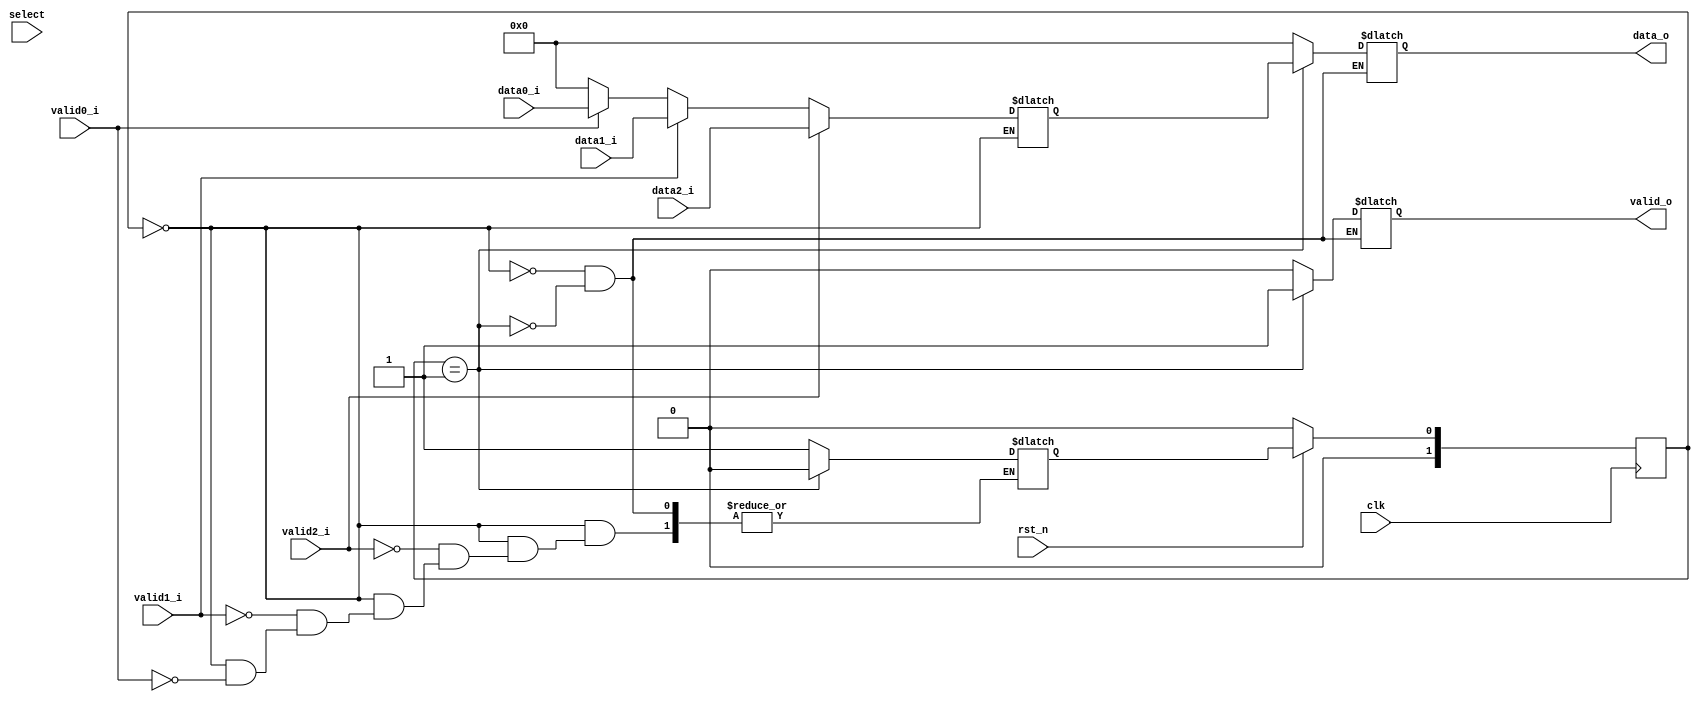
`timescale 1ns / 1ps
//////////////////////////////////////////////////////////////////////////////////
// Company: 
// Engineer: 
// 
// Design Name: 
// Module Name:    mux 
// Project Name: 
// Target Devices: 
// Tool versions: 
// Description: 
//
// Dependencies: 
//
// Revision: 
// Revision 0.01 - File Created
// Additional Comments: 
//
//////////////////////////////////////////////////////////////////////////////////
module mux #(
		parameter D_WIDTH = 8
	)(
		// Clock and reset interface
		input clk,
		input rst_n,
		
		//Select interface
		input[1:0] select,
		
		// Output interface
		output reg[D_WIDTH - 1 : 0] data_o,
		output reg						 valid_o,
				
		//output interfaces
		input [D_WIDTH - 1 : 0] 	data0_i,
		input   							valid0_i,
		
		input [D_WIDTH - 1 : 0] 	data1_i,
		input   							valid1_i,
		
		input [D_WIDTH - 1 : 0] 	data2_i,
		input     						valid2_i
    );
	
	//TODO: Implement MUX logic here
		
		reg [1:0] state = 0;
		reg [1:0] next_state = 0;
		reg [7:0] data;
		
		always @(posedge clk) begin
			if (!rst_n) begin
				state <= 0;
			end else begin
				state <= next_state;
			end
		end
		
		always @(*) begin
			case (state)
				0: begin
					data_o = 0;
					valid_o = 0;
					data = 0;
					if (valid0_i) begin
						data = data0_i;
						next_state = 1;
					end
					if (valid1_i) begin
						data = data1_i;
						next_state = 1;
					end
					if (valid2_i) begin
						data = data2_i;
						next_state = 1;
					end
				end
				
				1: begin
					data_o = data;
					valid_o = 1;
					next_state = 0;
				end
			endcase
		end
		
endmodule